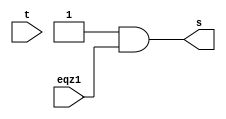
module AND(s,eqz1,t);
input [31:0]eqz1;
input t;
output reg [31:0] s;
assign t=1;
assign s=1&eqz1;
endmodule